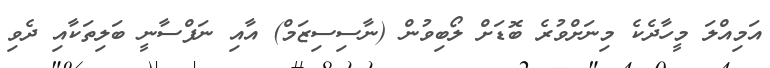
އަމިއްލަ މީހާދެކެ މިނަށްވުރެ ބޮޑަށް ލޯބިވުން (ނާސިސިޒަމް) އާއި ނަފްސާނީ ބަލިތަކާއި ދެވި